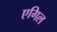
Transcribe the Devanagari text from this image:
एगिल